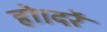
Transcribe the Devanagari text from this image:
हो।दरें